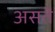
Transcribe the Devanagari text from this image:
असतॆ